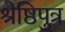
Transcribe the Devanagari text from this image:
श्रेष्ठिपुत्र